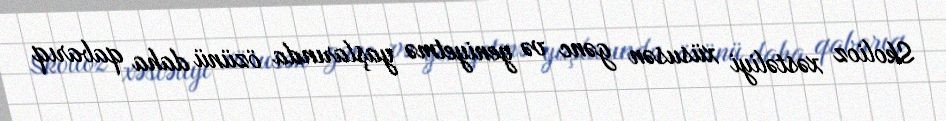
Skolioz xəstəliyi xüsusən gənc və yeniyetmə yaşlarında özünü daha qabarıq